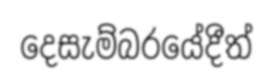
දෙසැම්බරයේදීත්